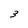
Character: 3